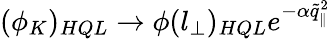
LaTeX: (\phi_{K})_{HQL}\rightarrow\phi(l_{\bot})_{HQL}e^{-\alpha\tilde{q}_{\parallel}^{2}}